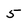
Character: 5